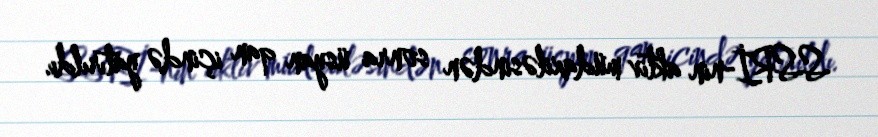
SSRİ-nin aktiv müdaxiləsindən sonra üsyan qan içində yatırıldı.